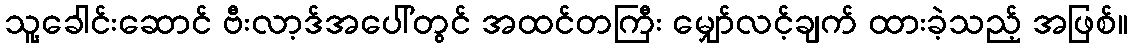
သူ့ခေါင်းဆောင် ဗီးလာ့ဒ်အပေါ်တွင် အထင်တကြီး မျှော်လင့်ချက် ထားခဲ့သည့် အဖြစ်။